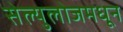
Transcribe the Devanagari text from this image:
सेल्युलोजमधून